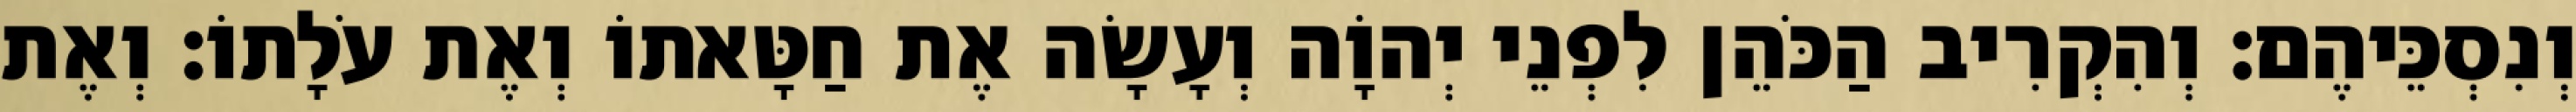
וְנִסְכֵּיהֶם׃ וְהִקְרִיב הַכֹּהֵן לִפְנֵי יְהוָֹה וְעָשָׂה אֶת חַטָּאתוֹ וְאֶת עֹלָתוֹ׃ וְאֶת